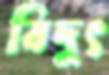
বিদুৎ